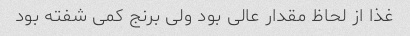
غذا از لحاظ مقدار عالی بود ولی برنج کمی شفته بود